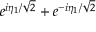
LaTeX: e ^ { i \eta _ { 1 } / \sqrt { 2 } } + e ^ { - i \eta _ { 1 } / \sqrt { 2 } }